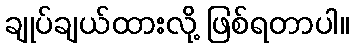
ချုပ်ချယ်ထားလို့ ဖြစ်ရတာပါ။